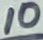
Text: 10